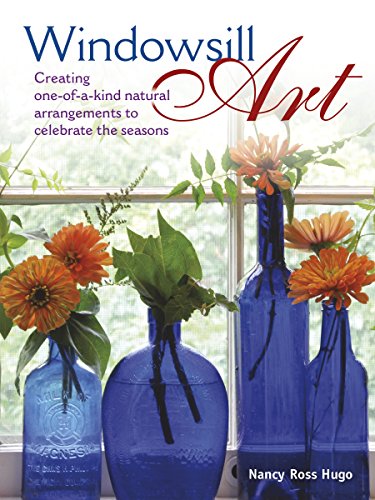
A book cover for Windowsill Art: Creating One-of-a-Kind Natural Arrangements to Celebrate the Seasons; Nancy Hugo; Crafts, Hobbies & Home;